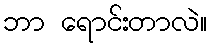
ဘာ ရောင်းတာလဲ။